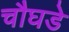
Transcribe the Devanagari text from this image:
चौघडे